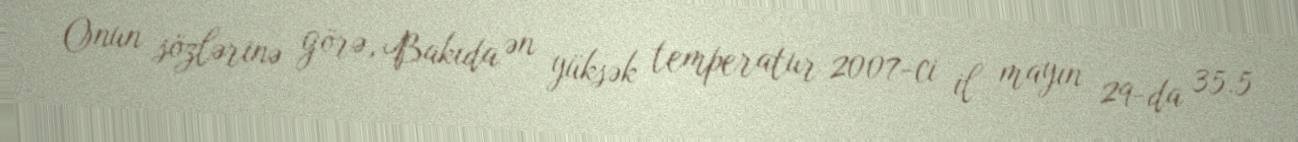
Onun sözlərinə görə, Bakıda ən yüksək temperatur 2007-ci il mayın 29-da 35.5